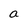
Character: a